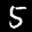
Label: 5